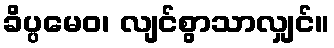
ခိပ္ပမေဝ၊ လျင်စွာသာလျှင်။